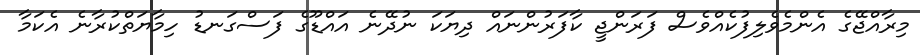
މިރާއްޖޭގެ އެންމެވެލިފުކެއްވެސް ފަރަންޖީ ކާފަރުންނައް ދިޔަކަ ނުދޭނެ އައްޑޫގެ ފަސްގަނޑު ހިމާޔަތްކުރާނެ އެކަމާ